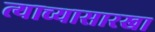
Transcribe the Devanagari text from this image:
त्याच्यासारखा